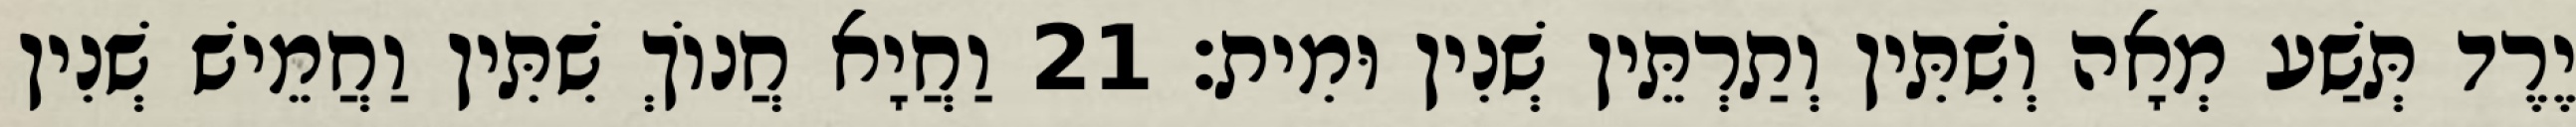
יֶרֶד תְּשַׁע מְאָה וְשִׁתִּין וְתַרְתֵּין שְׁנִין וּמִית׃ 21 וַחֲיָא חֲנוֹךְ שִׁתִּין וַחֲמֵישׁ שְׁנִין